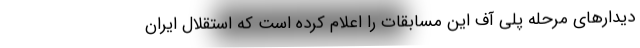
دیدارهای مرحله پلی آف این مسابقات را اعلام کرده است که استقلال ایران